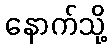
နောက်သို့